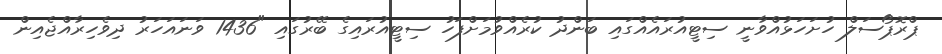
ޕްރޮޕޯސަލް ހުށަހަޅުއްވާނީ ސިޓީއުރައެއްގައި ބަންދު ކުރެއްވުމަށްފަހު ސިޓީއުރައިގެ ބޭރުގައި "1436 ވަނައަހަރު ދިވެހިރާއްޖެއިން